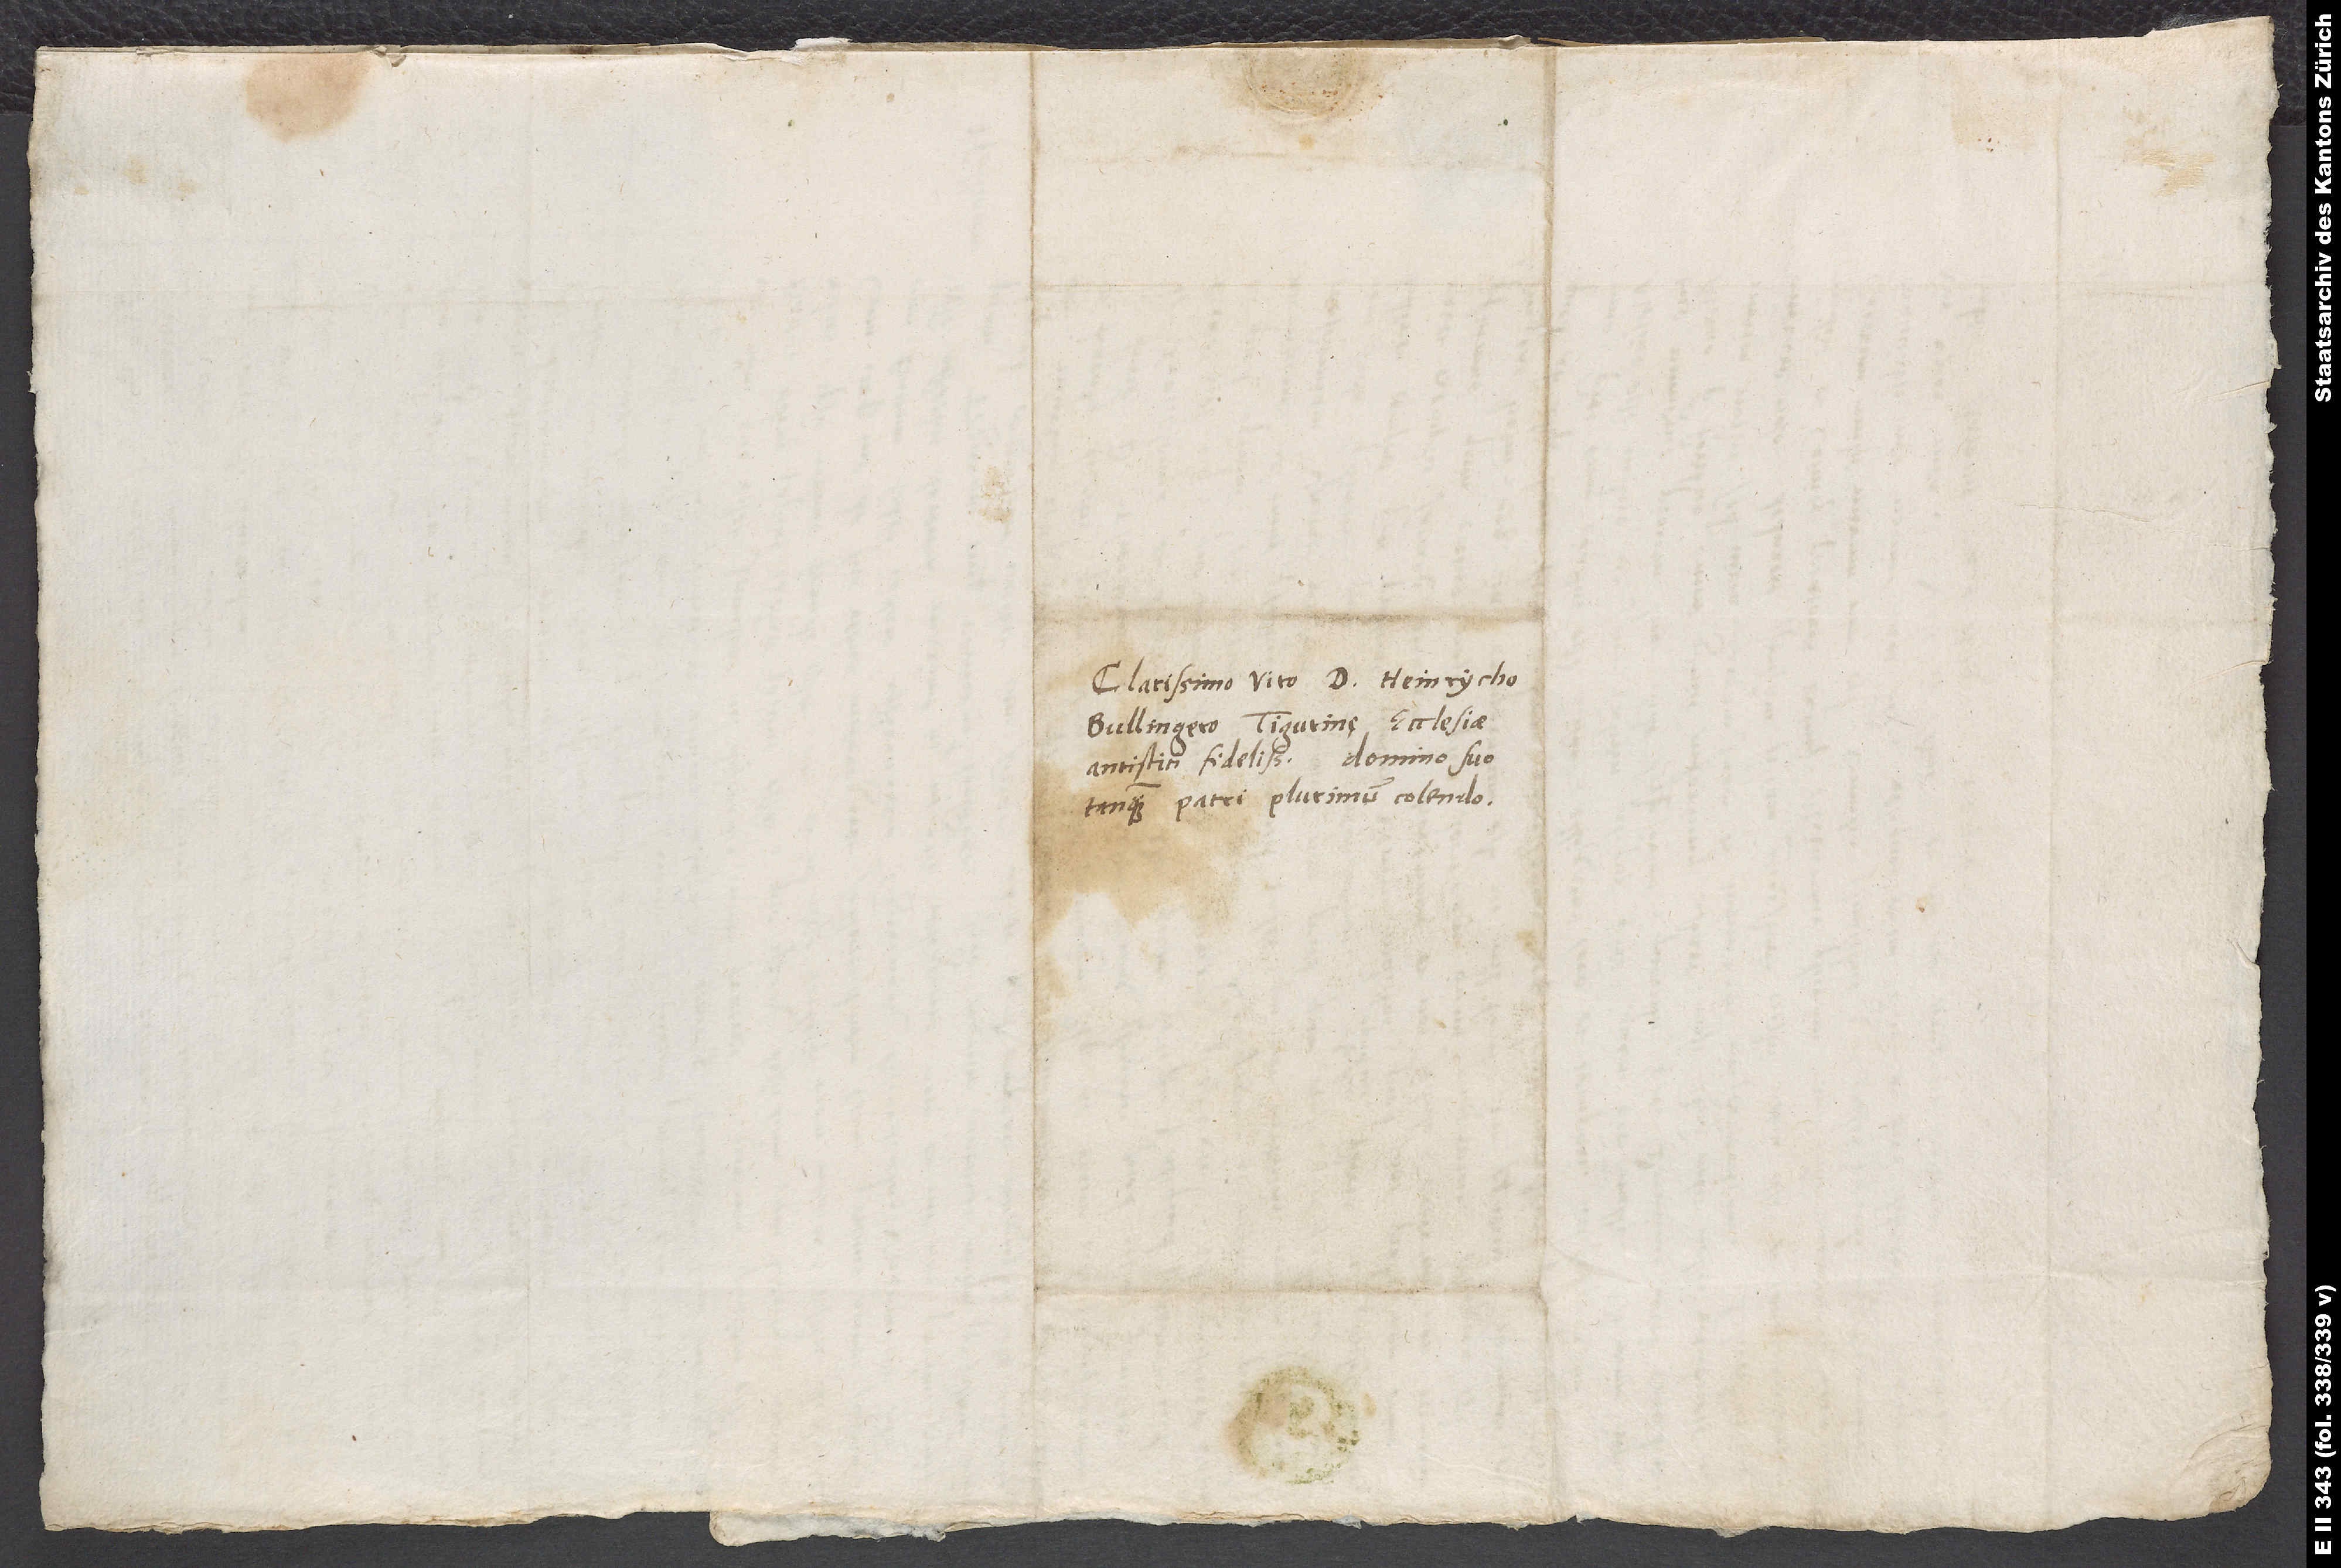
Clarissimo viro d. Heinrycho
Bullingero, Tigurinę ecclesiae
antistiti fidelissimo, domino suo
tanquam patri plurimum colendo.